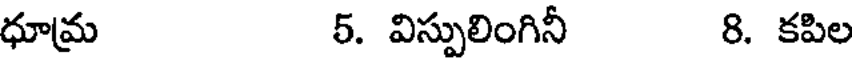
ధూమ 5. విస్పులింగినీ 8. కపిల